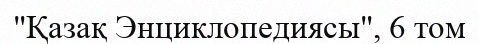
"Қазақ Энциклопедиясы", 6 том